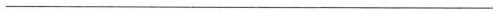
___